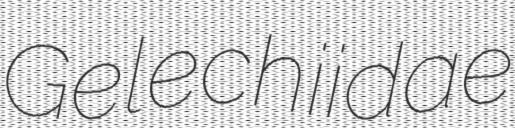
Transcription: Gelechiidae